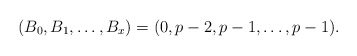
\begin{align*}(B_0, B_1, \ldots, B_x) = (0,p-2,p-1,\ldots, p-1).\end{align*}